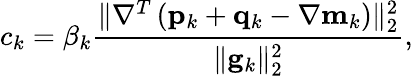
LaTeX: c_{k}=\beta_{k}\frac{\| \nabla^{T}\left(\mathbf{p}_{k}+\mathbf{q}_{k}-\nabla\mathbf{m}_{k}\right)\| _{2}^{2}}{\| \mathbf{g}_{k}\| _{2}^{2}},